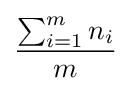
{\frac {\sum _{i=1}^{m}n_{i}}{m}}